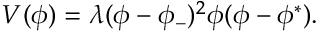
V ( \phi ) = \lambda ( \phi - \phi _ { - } ) ^ { 2 } \phi ( \phi - \phi ^ { * } ) .